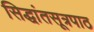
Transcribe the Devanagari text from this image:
सिद्धांतसूत्रपाठ